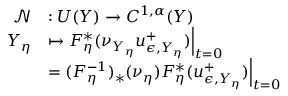
\begin{array} { r l } { \mathcal { N } } & { : U ( Y ) \to C ^ { 1 , \alpha } ( Y ) } \\ { Y _ { \eta } } & { \mapsto F _ { \eta } ^ { * } ( \nu _ { Y _ { \eta } } u _ { \epsilon , Y _ { \eta } } ^ { + } ) \Big | _ { t = 0 } } \\ & { = ( F _ { \eta } ^ { - 1 } ) _ { * } ( \nu _ { \eta } ) F _ { \eta } ^ { * } ( u _ { \epsilon , Y _ { \eta } } ^ { + } ) \Big | _ { t = 0 } } \end{array}